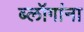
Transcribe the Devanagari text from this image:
ब्लॉगांना